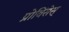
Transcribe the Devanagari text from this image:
प्रोविंसेस्